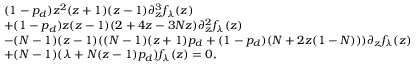
\begin{array} { r l } & { ( 1 - p _ { d } ) z ^ { 2 } ( z + 1 ) ( z - 1 ) \partial _ { z } ^ { 3 } f _ { \lambda } ( z ) } \\ & { + ( 1 - p _ { d } ) z ( z - 1 ) ( 2 + 4 z - 3 N z ) \partial _ { z } ^ { 2 } f _ { \lambda } ( z ) } \\ & { - ( N - 1 ) ( z - 1 ) ( ( N - 1 ) ( z + 1 ) p _ { d } + ( 1 - p _ { d } ) ( N + 2 z ( 1 - N ) ) ) \partial _ { z } f _ { \lambda } ( z ) } \\ & { + ( N - 1 ) ( \lambda + N ( z - 1 ) p _ { d } ) f _ { \lambda } ( z ) = 0 , } \end{array}